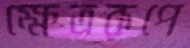
ক্ষেত্ররূপে